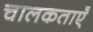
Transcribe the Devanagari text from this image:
चालकताएँ